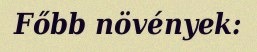
Főbb növények: